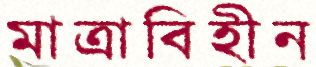
মাত্রাবিহীন